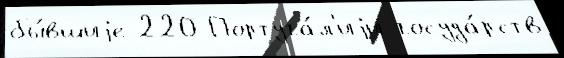
бы́вшиjе 220 Португа́л'иjи госуда́рств